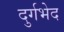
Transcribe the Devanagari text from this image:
दुर्गभेद